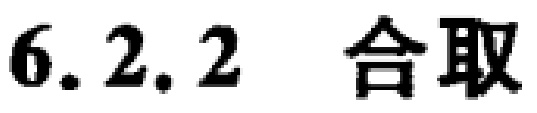
6.2.2 合取